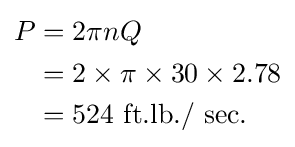
{\begin{aligned}P&=2\pi nQ\\&=2\times \pi \times 30\times 2.78\\&=524\ \mathrm {ft.lb./\ sec} .\end{aligned}}